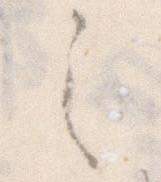
之